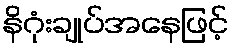
နိဂုံးချုပ်အနေဖြင့်